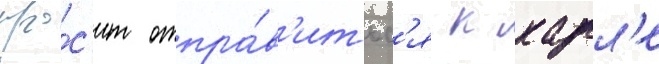
про́с'ит отпра́в'итьс'я к карл'е